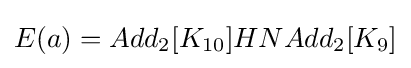
E(a)=Add_{2}[K_{10}]HNAdd_{2}[K_{9}]